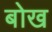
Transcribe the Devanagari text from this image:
बोख